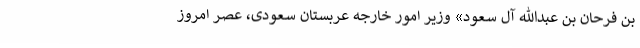
بن فرحان بن عبدالله آل سعود» وزیر امور خارجه عربستان سعودی، عصر امروز